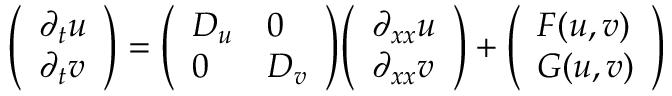
{ \left( \begin{array} { l } { \partial _ { t } u } \\ { \partial _ { t } v } \end{array} \right) } = { \left( \begin{array} { l l } { D _ { u } } & { 0 } \\ { 0 } & { D _ { v } } \end{array} \right) } { \left( \begin{array} { l } { \partial _ { x x } u } \\ { \partial _ { x x } v } \end{array} \right) } + { \left( \begin{array} { l } { F ( u , v ) } \\ { G ( u , v ) } \end{array} \right) }